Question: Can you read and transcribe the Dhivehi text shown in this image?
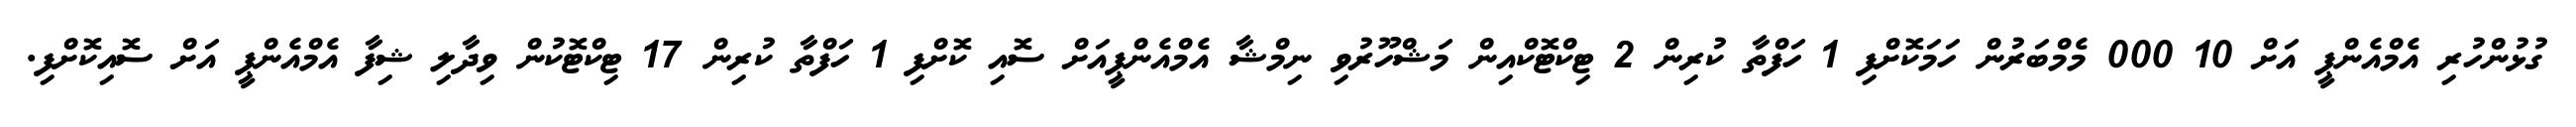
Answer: ގުޅުންހުރި އެމްއެންޕީ އަށް 10 000 މެމްބަރުން ހަމަކޮށްފި 1 ހަފްތާ ކުރިން 2 ޓިކްޓޮކްއިން މަޝްހޫރުވި ނިމްޝާ އެމްއެންޕީއަށް ސޮއި ކޮށްފި 1 ހަފްތާ ކުރިން 17 ޓިކްޓޮކުން ވިދާލި ޝިފާ އެމްއެންޕީ އަށް ސޮއިކޮށްފި.